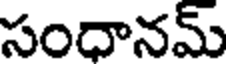
సంధానమ్